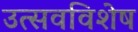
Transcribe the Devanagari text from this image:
उत्सवविशेष